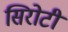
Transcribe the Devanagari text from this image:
सिरोटी